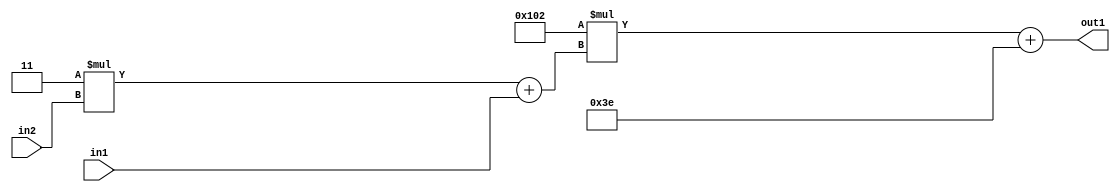
`timescale 1ps / 1ps
/*****************************************************************************
    Verilog RTL Description
    
    
    Created by: Stratus DpOpt 2019.1.01 
*******************************************************************************/

module DC_Filter_Add2i62Mul2i258Add2u1Mul2i3u2_1 (
	in2,
	in1,
	out1
	); /* architecture "behavioural" */ 
input [1:0] in2;
input  in1;
output [11:0] out1;
wire [11:0] asc001;
wire [3:0] asc002;

wire [3:0] asc002_tmp_0;
assign asc002_tmp_0 = 
	+(4'B0011 * in2);
assign asc002 = asc002_tmp_0
	+(in1);

wire [11:0] asc001_tmp_1;
assign asc001_tmp_1 = 
	+(12'B000100000010 * asc002);
assign asc001 = asc001_tmp_1
	+(12'B000000111110);

assign out1 = asc001;
endmodule

/* CADENCE  v7b2SAs= : u9/ySgnWtBlWxVPRXgAZ4Og= ** DO NOT EDIT THIS LINE ******/